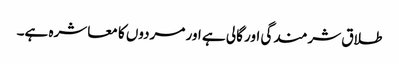
طلاق شرمندگی اور گالی ہے اور مردوں کا معاشرہ ہے۔